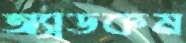
অ্যাডকম